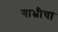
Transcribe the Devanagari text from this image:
गाभ्रीचा